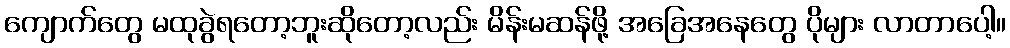
ကျောက်တွေ မထုခွဲရတော့ဘူးဆိုတော့လည်း မိန်းမဆန်ဖို့ အခြေအနေတွေ ပိုများ လာတာပေါ့။